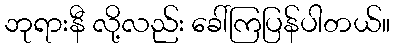
ဘုရားနီ လို့လည်း ခေါ်ကြပြန်ပါတယ်။